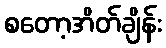
စတော့အိတ်ချိန်း